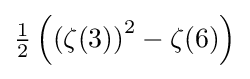
{\tfrac {1}{2}}\left(\left(\zeta (3)\right)^{2}-\zeta (6)\right)